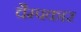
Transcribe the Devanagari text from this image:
चैम्पकार